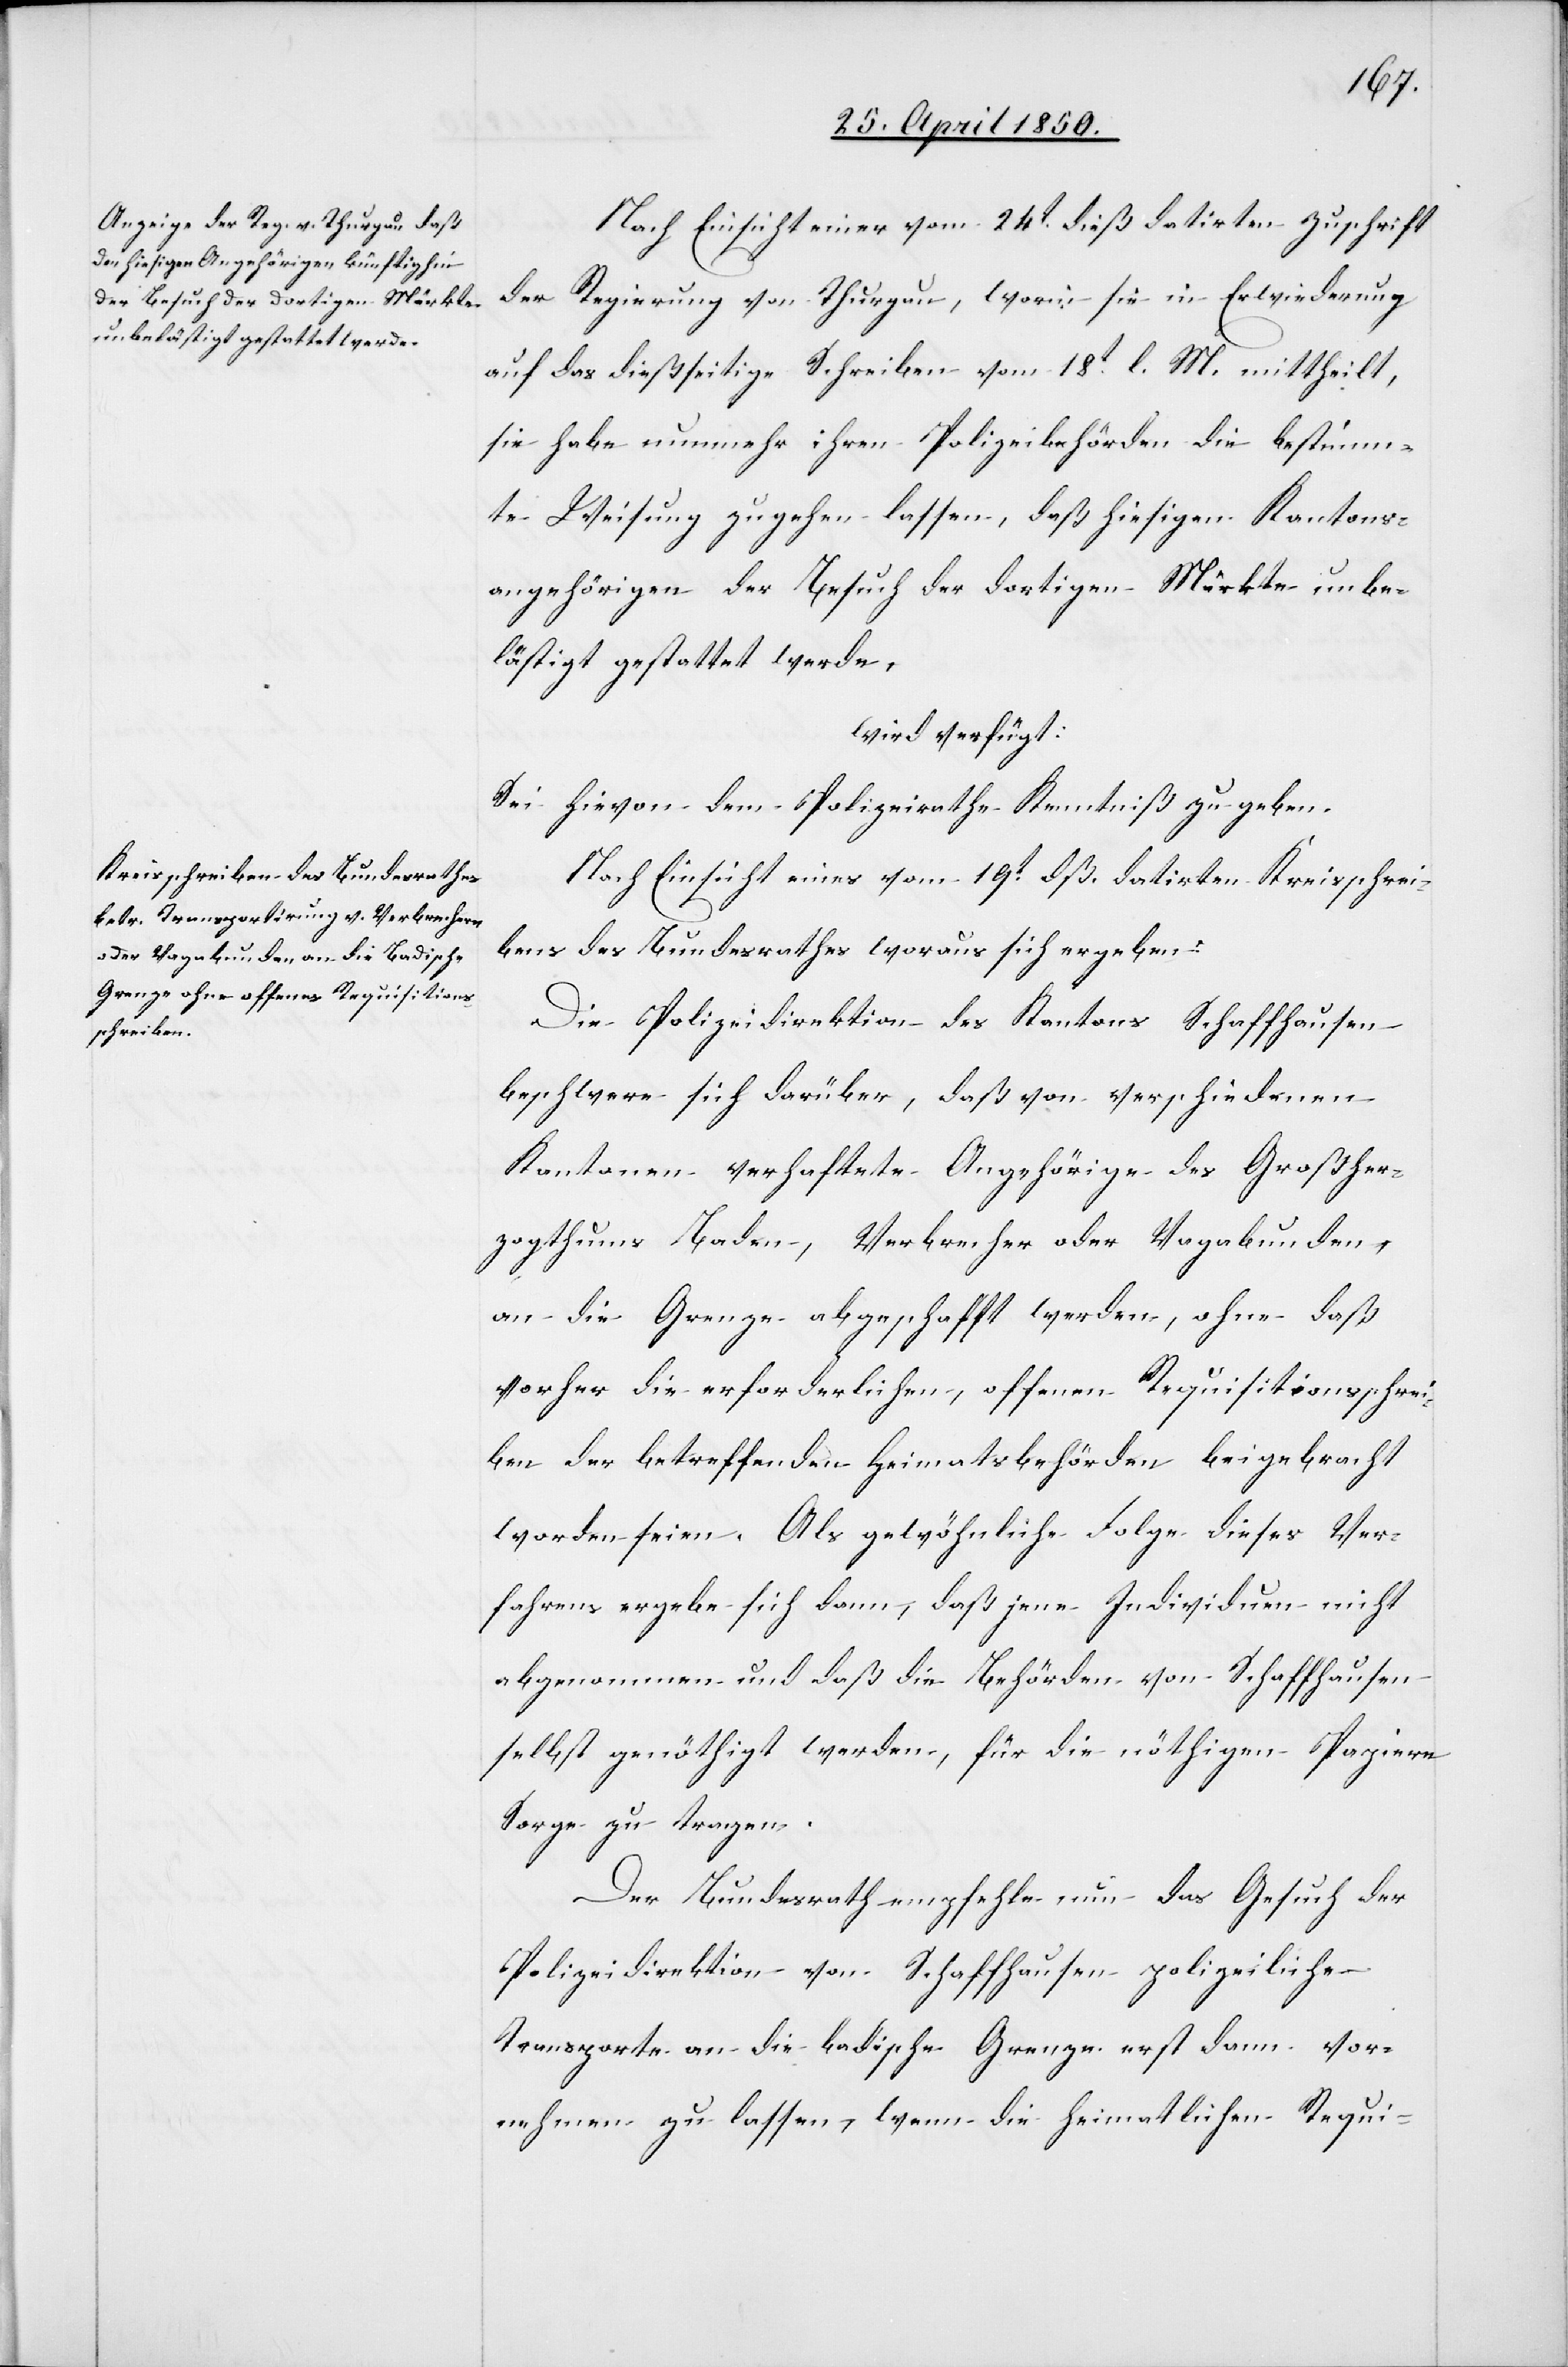
26t April 1850.]
Nach Einsicht einer vom 24t dieß datirten Zuschrift
der Regierung von Thurgau, worin sie in Erwiederung
auf das dießseitige Schreiben vom 18t l. M. mittheilt,
sie habe nunmehr ihren Polizeibehörden die bestimm¬
te Weisung zugehen lassen, daß hiesigen Kantons¬
angehörigen der Besuch der dortigen Märkte unbe¬
lästigt gestattet werde,
wird verfügt:
Sei hievon dem Polizeirathe Kenntniß zu geben.
Nach Einsicht eines vom 19t dß. datirten Kreisschrei¬
bens des Bundesrathes woraus sich ergeben:
Die Polizeidirektion des Kantons Schaffhausen
beschwere sich darüber, daß von verschiedenen
Kantonen verhaftete Angehörige des Großher¬
zogthums Baden, Verbrecher oder Vagabunden,
an die Grenze abgeschafft werden, ohne daß
vorher die erforderlichen, offenen Requisitionsschrei¬
ben der betreffenden Heimatsbehörden beigebracht
worden seien. Als gewöhnliche Folge dieses Ver¬
fahrens ergebe sich dann, daß jene Individuen nicht
abgenommen und daß die Behörden von Schaffhausen
selbst genöthigt werden, für die nöthigen Papiere
Sorge zu tragen.
Der Bundesrath empfehle nun das Gesuch der
Polizeidirektion von Schaffhausen polizeiliche
Transporte an die badische Grenze erst dann vor¬
nehmen zu lassen, wenn die heimatlichen Requi-